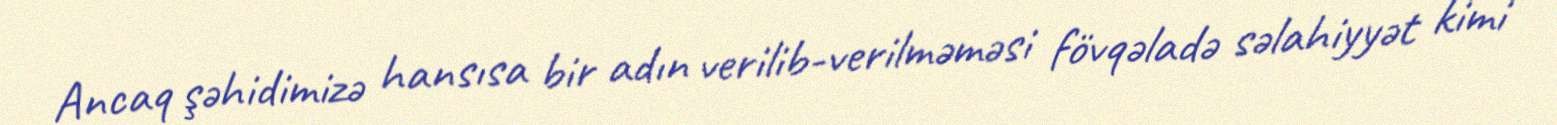
Ancaq şəhidimizə hansısa bir adın verilib-verilməməsi fövqəladə səlahiyyət kimi